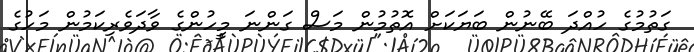
ގަތުމުގެ ހުއްދަ ބޭނުން ބަޔަކަށް އޮތުމުން މަސް ގަންނަ މީހުންގެ ވާދަވެރިކަމުން މަހުގެ